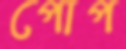
পোপ